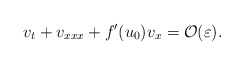
\begin{align*}v_t+v_{xxx}+f'(u_0)v_x=\mathcal{O}(\varepsilon).\end{align*}